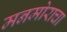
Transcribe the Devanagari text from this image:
मनमोराचा